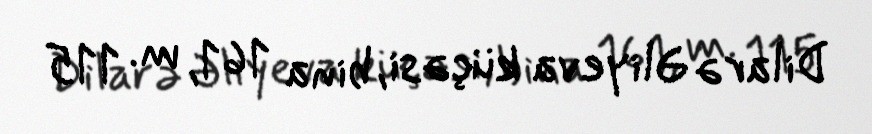
Dilarə Əliyeva küçəsi, bina 161, m. 115